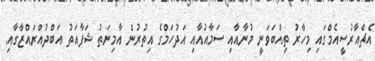
އެޗްއާރުސީއެމްގައި މިހާރު ތިއްބަވަނީ މުނާއާއި ސަމާއުއާއި އަދުހަމްގެ އިތުރުން އާމިނަތު ޝަފާއަތު އަބްދުއްރައްޒާގާއި